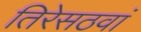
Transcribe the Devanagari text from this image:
तिरेसठवां